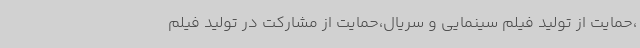
،حمایت از تولید فیلم سینمایی و سریال،حمایت از مشارکت در تولید فیلم